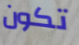
تكون